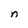
Character: n